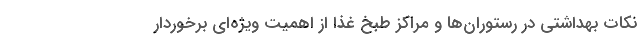
نکات بهداشتی در رستوران‌ها و مراکز طبخ غذا از اهمیت ویژه‌ای برخوردار